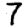
Digit: 7